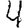
Digit: 4